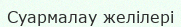
Суармалау желілері